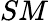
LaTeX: SM